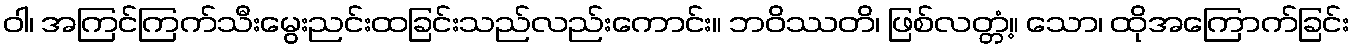
ဝါ၊ အကြင်ကြက်သီးမွေးညင်းထခြင်းသည်လည်းကောင်း။ ဘဝိဿတိ၊ ဖြစ်လတ္တံ့။ သော၊ ထိုအကြောက်ခြင်း